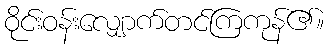
ဝိုင်းဝန်းလျှောက်တင်ကြကုန်၏။